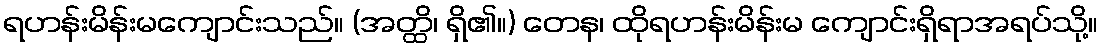
ရဟန်းမိန်းမကျောင်းသည်။ (အတ္ထိ၊ ရှိ၏။) တေန၊ ထိုရဟန်းမိန်းမ ကျောင်းရှိရာအရပ်သို့။